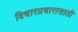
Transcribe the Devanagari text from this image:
विचारप्रचारासाठी